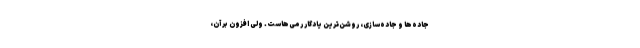
جاده‌‌ها و جاده‌سازی، روشن‌ترین یادگار رُمی‌هاست. ولی افزون بر آن،